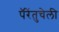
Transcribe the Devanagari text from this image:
पॅरेंतुचेली